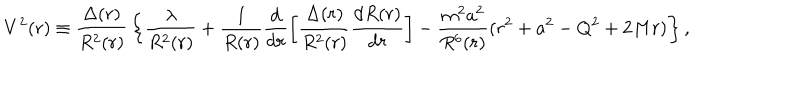
LaTeX: V ^ { 2 } ( r ) \equiv { \frac { \Delta ( r ) } { R ^ { 2 } ( r ) } } \left\{ \frac { \lambda } { R ^ { 2 } ( r ) } + \frac { 1 } { R ( r ) } \frac { \mathrm { d } } { \mathrm { d } r } \left[ \frac { \Delta ( r ) } { R ^ { 2 } ( r ) } \frac { \mathrm { d } R ( r ) } { \mathrm { d } r } \right] - { \frac { m ^ { 2 } a ^ { 2 } } { R ^ { 6 } ( r ) } } ( r ^ { 2 } + a ^ { 2 } - Q ^ { 2 } + 2 M r ) \right\} ,